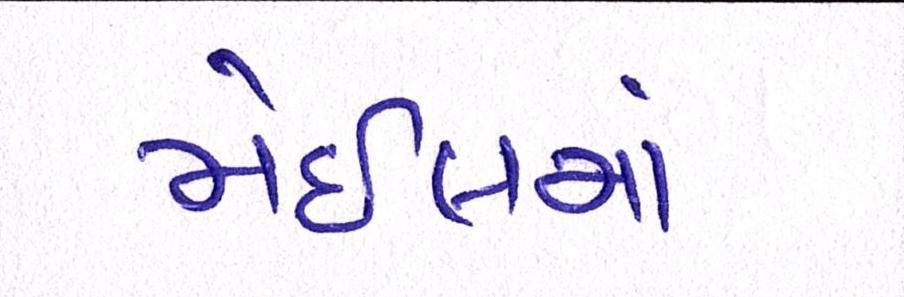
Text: મેઇલમાં